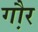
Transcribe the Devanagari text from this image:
गौ़र